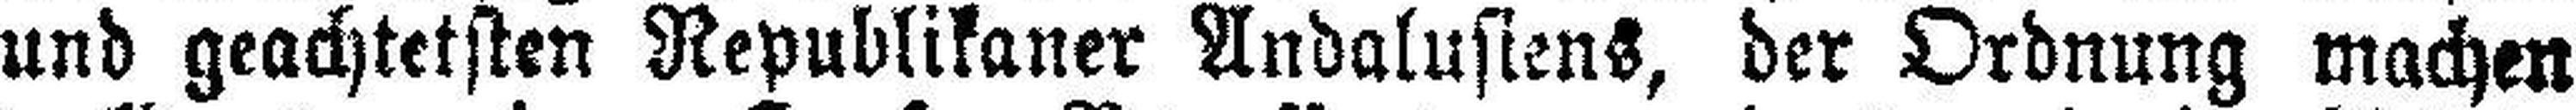
und geachtetsten Republikaner Andalusiens, der Ordnung machen